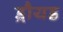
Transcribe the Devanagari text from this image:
ड्रौयड